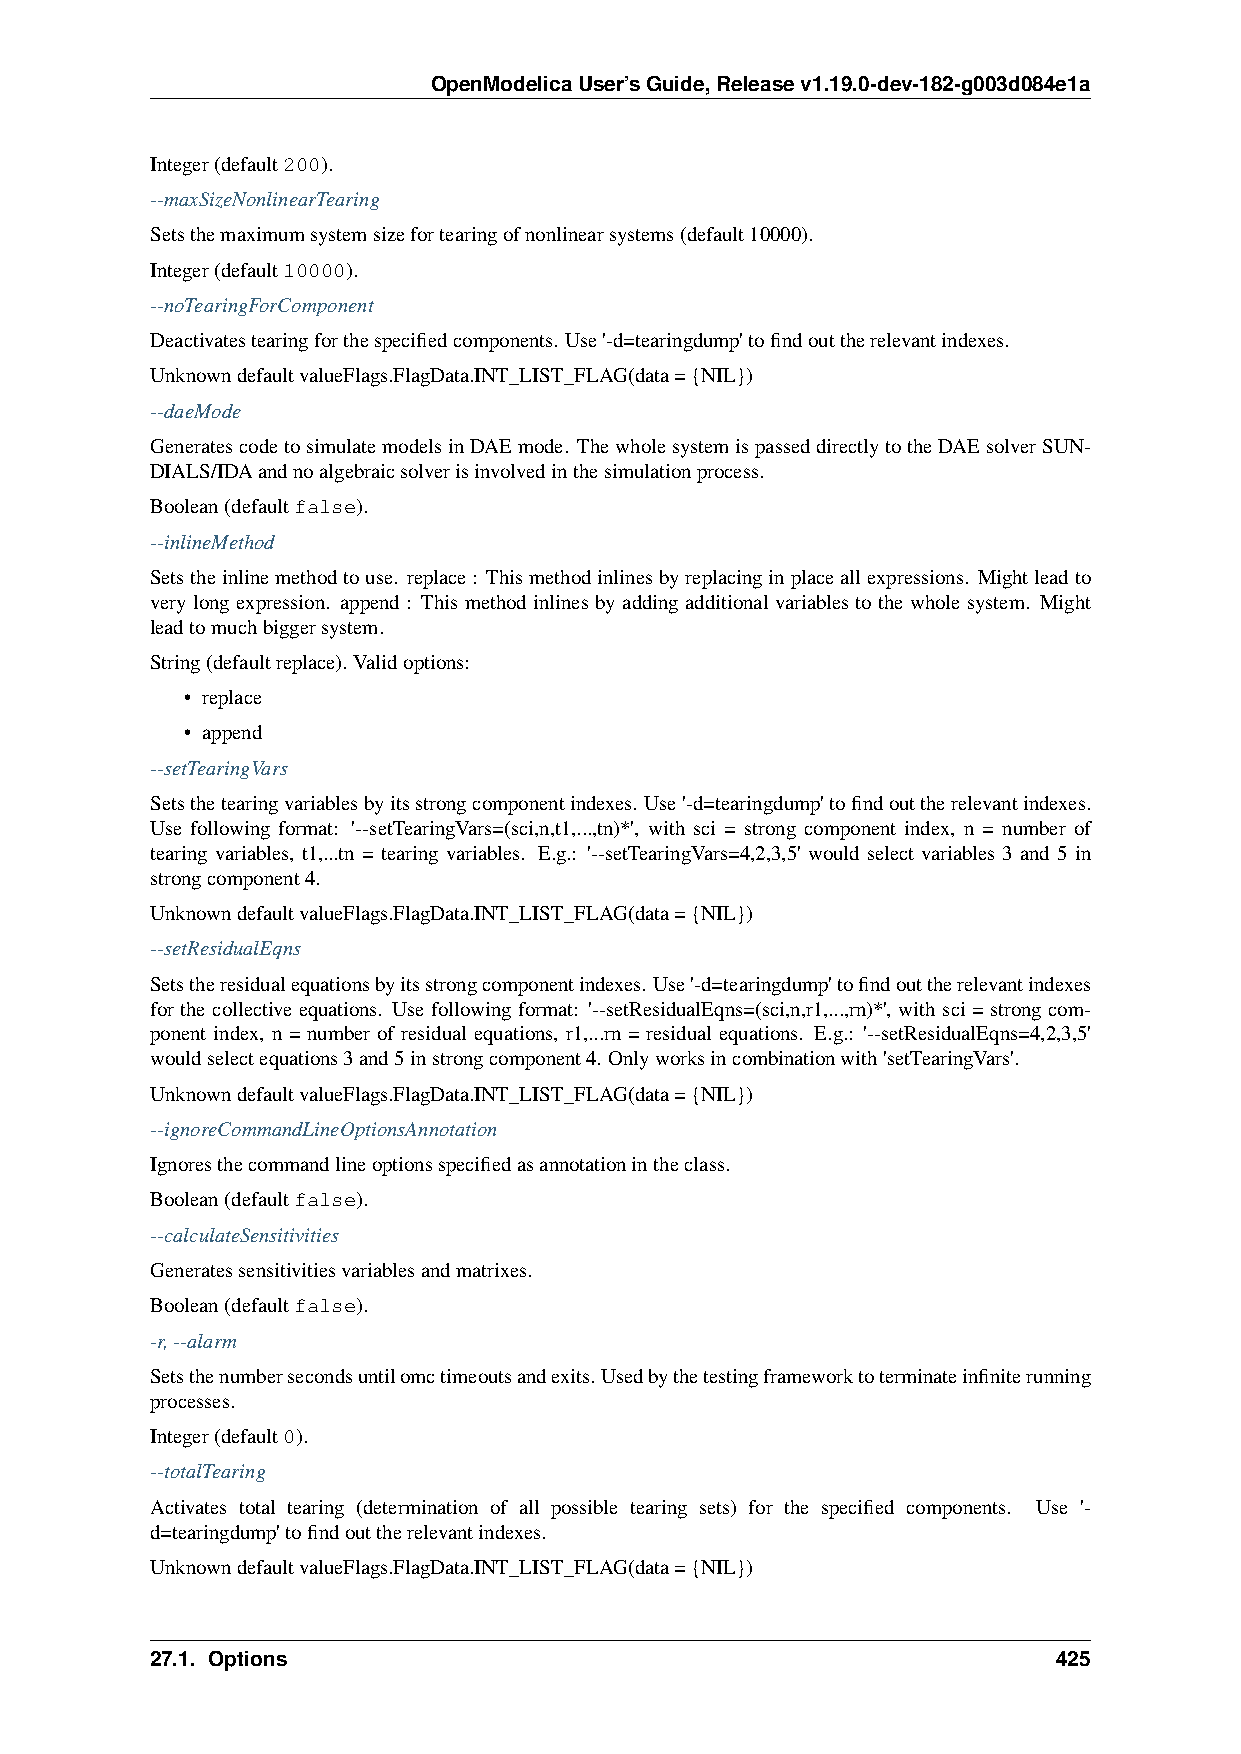
OpenModelicaUser’sGuide,Releasev1.19.0-dev-182-g003d084e1a
 Integer(default200).
 --maxSizeNonlinearTearing
 Setsthemaximumsystemsizefortearingofnonlinearsystems(default10000).
 Integer(default10000).
 --noTearingForComponent
 Deactivatestearingforthespecifiedcomponents. Use'-d=tearingdump'tofindouttherelevantindexes.
 UnknowndefaultvalueFlags.FlagData.INT_LIST_FLAG(data={NIL})
 --daeMode
 GeneratescodetosimulatemodelsinDAEmode. ThewholesystemispasseddirectlytotheDAEsolverSUN-
 DIALS/IDAandnoalgebraicsolverisinvolvedinthesimulationprocess.
 Boolean(defaultfalse).
 --inlineMethod
 Setstheinlinemethodtouse. replace: Thismethodinlinesbyreplacinginplaceallexpressions. Mightleadto
 very long expression. append : This method inlines by adding additional variables to the whole system. Might
 leadtomuchbiggersystem.
 String(defaultreplace). Validoptions:
 • replace
 • append
 --setTearingVars
 Setsthetearingvariablesbyitsstrongcomponentindexes. Use'-d=tearingdump'tofindouttherelevantindexes.
 Use following format: '--setTearingVars=(sci,n,t1,...,tn)*', with sci = strong component index, n = number of
 tearing variables, t1,...tn = tearing variables. E.g.: '--setTearingVars=4,2,3,5' would select variables 3 and 5 in
 strongcomponent4.
 UnknowndefaultvalueFlags.FlagData.INT_LIST_FLAG(data={NIL})
 --setResidualEqns
 Setstheresidualequationsbyitsstrongcomponentindexes. Use'-d=tearingdump'tofindouttherelevantindexes
 for the collective equations. Use following format: '--setResidualEqns=(sci,n,r1,...,rn)*', with sci = strong com-
 ponent index, n = number of residual equations, r1,...rn = residual equations. E.g.: '--setResidualEqns=4,2,3,5'
 wouldselectequations3and5instrongcomponent4. Onlyworksincombinationwith'setTearingVars'.
 UnknowndefaultvalueFlags.FlagData.INT_LIST_FLAG(data={NIL})
 --ignoreCommandLineOptionsAnnotation
 Ignoresthecommandlineoptionsspecifiedasannotationintheclass.
 Boolean(defaultfalse).
 --calculateSensitivities
 Generatessensitivitiesvariablesandmatrixes.
 Boolean(defaultfalse).
 -r,--alarm
 Setsthenumbersecondsuntilomctimeoutsandexits.Usedbythetestingframeworktoterminateinfiniterunning
 processes.
 Integer(default0).
 --totalTearing
 Activates total tearing (determination of all possible tearing sets) for the specified components. Use '-
 d=tearingdump'tofindouttherelevantindexes.
 UnknowndefaultvalueFlags.FlagData.INT_LIST_FLAG(data={NIL})
 27.1. Options                                               425